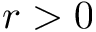
r > 0